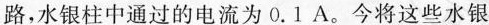
路，水银柱中通过的电流为0.1A。今将这些水银